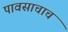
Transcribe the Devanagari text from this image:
पावसाचाच